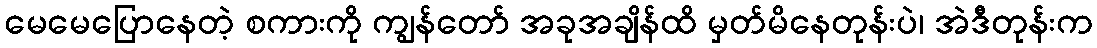
မေမေပြောနေတဲ့ စကားကို ကျွန်တော် အခုအချိန်ထိ မှတ်မိနေတုန်းပဲ၊ အဲဒီတုန်းက